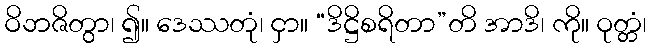
ဝိဘဇိတွာ၊ ၍။ ဒေဿတုံ၊ ငှာ။ “ဒိဋ္ဌိစရိတာ”တိ အာဒိ၊ ကို။ ဝုတ္တံ၊